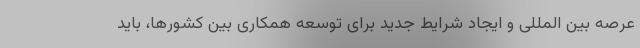
عرصه بین المللی و ایجاد شرایط جدید برای توسعه همکاری بین کشورها، باید